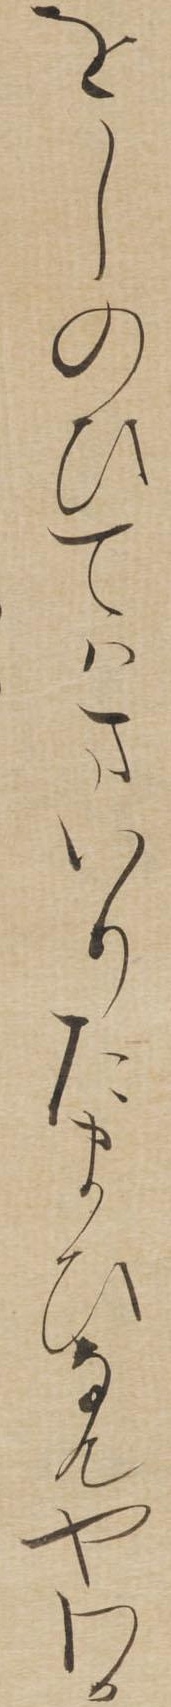
をしのひてはまいりたまひなんやわか